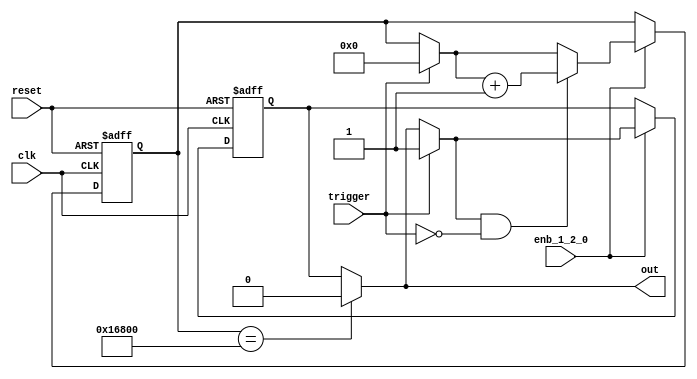
// -------------------------------------------------------------
// 
// 
// Generated by MATLAB 9.13 and HDL Coder 4.0
// 
// -------------------------------------------------------------


// -------------------------------------------------------------
// 
// Module: whdlOFDMTx_MATLAB_Function1
// Source Path: whdlOFDMTx/Frame Controller and Input Sampler/Frame Controller/Generate OFDM Modulator Ready/MATLAB 
// Function
// Hierarchy Level: 6
// 
// -------------------------------------------------------------

`timescale 1 ns / 1 ns

module whdlOFDMTx_MATLAB_Function1
          (clk,
           reset,
           enb_1_2_0,
           trigger,
           out);


  input   clk;
  input   reset;
  input   enb_1_2_0;
  input   trigger;
  output  out;


  reg  out_1;
  reg [16:0] count;  // ufix17
  reg  state;
  reg [16:0] count_next;  // ufix17
  reg  state_next;
  reg [16:0] count_temp;  // ufix17
  reg  state_temp;


  always @(posedge clk or posedge reset)
    begin : MATLAB_Function1_process
      if (reset == 1'b1) begin
        count <= 17'b00000000000000000;
        state <= 1'b0;
      end
      else begin
        if (enb_1_2_0) begin
          count <= count_next;
          state <= state_next;
        end
      end
    end

  always @(count, state, trigger) begin
    count_temp = count;
    state_temp = state;
    // %% Executes in next clock cycle
    if (count == 17'b10110100000000000) begin
      state_temp = 1'b0;
    end
    out_1 = state_temp;
    // %% Executes in current clock cycle
    if (trigger) begin
      state_temp = 1'b1;
      count_temp = 17'b00000000000000000;
    end
    if (state_temp && ( ! trigger)) begin
      count_temp = count_temp + 17'b00000000000000001;
    end
    count_next = count_temp;
    state_next = state_temp;
  end



  assign out = out_1;

endmodule  // whdlOFDMTx_MATLAB_Function1